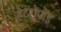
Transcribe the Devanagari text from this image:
हेटरोपॉड